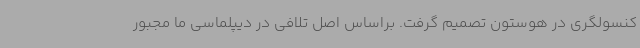
کنسولگری در هوستون تصمیم گرفت. براساس اصل تلافی در دیپلماسی ما مجبور